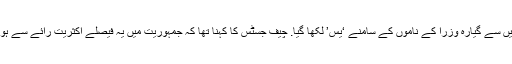
پچیس میں سے گیارہ وزرا کے ناموں کے سامنے ‘یس’ لکھا گیا. چیف جسٹس کا کہنا تھا کہ جمہوریت میں یہ فیصلے اکثریت رائے سے ہوتے ہیں۔